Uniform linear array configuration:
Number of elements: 8
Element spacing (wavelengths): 1
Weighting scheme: cosine
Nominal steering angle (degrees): -60
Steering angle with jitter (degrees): -60.836
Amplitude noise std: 0.05
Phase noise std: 0.05

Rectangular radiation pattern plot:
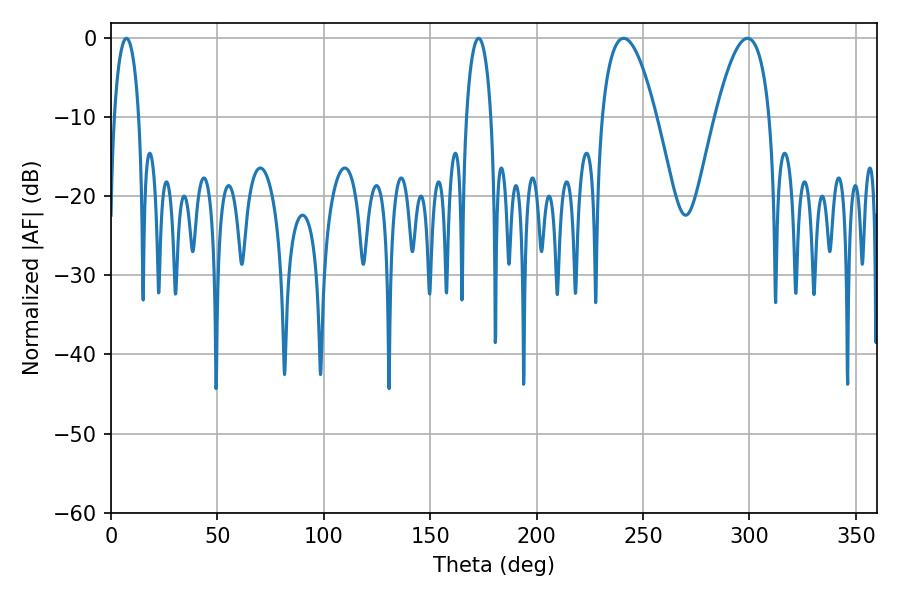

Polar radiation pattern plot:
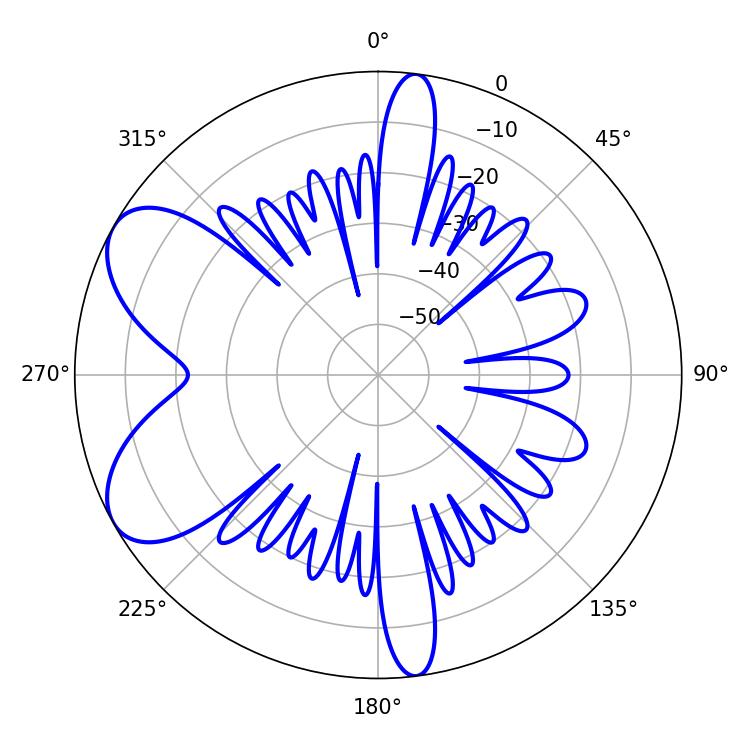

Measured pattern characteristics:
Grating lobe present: TRUE
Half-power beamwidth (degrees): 14.04
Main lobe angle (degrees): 240.84